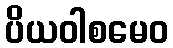
ပိယဝါစမေဝ